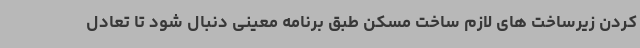
کردن زیرساخت های لازم ساخت مسکن طبق برنامه معینی دنبال شود تا تعادل